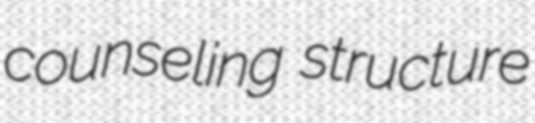
counseling structure